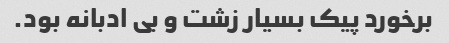
برخورد پیک بسیار زشت و بی ادبانه بود.